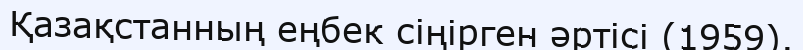
Қазақстанның еңбек сіңірген әртісі (1959).